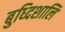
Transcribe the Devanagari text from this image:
बुध्दिशालि